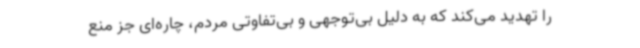
را تهدید می‌کند که به دلیل بی‌توجهی و بی‌تفاوتی مردم، چاره‌ای جز منع